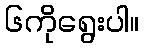
၆ကိုရွေးပါ။